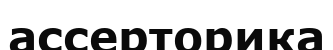
ассерторика